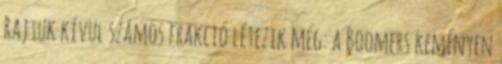
Rajtuk kívül számos frakció létezik még: a Boomers keményen